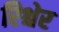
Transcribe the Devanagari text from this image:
रिश्चेर